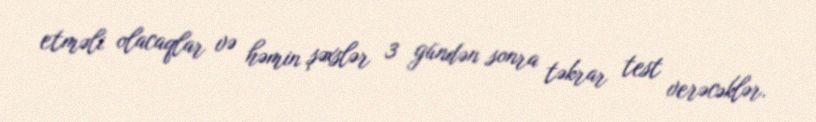
etməli olacaqlar və həmin şəxslər 3 gündən sonra təkrar test verəcəklər.